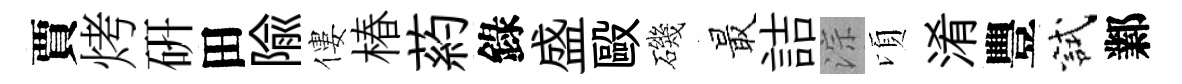
賈烤硏田隃僂椿葯錄盛毆磯最詰淙頃淆豐試鄴